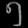
Digit: ၅